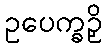
ဥပေက္ခဉှိ